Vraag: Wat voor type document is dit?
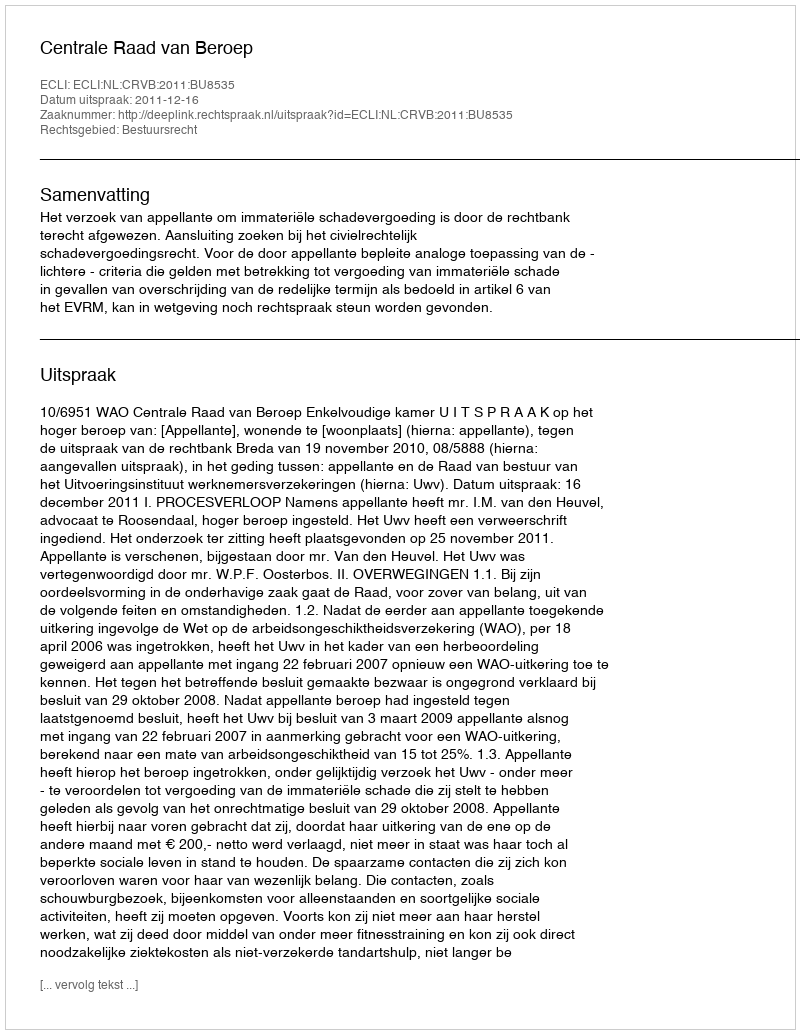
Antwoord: Uitspraak